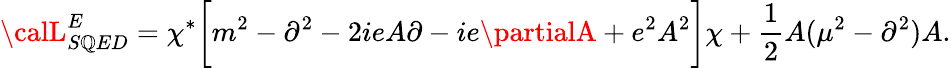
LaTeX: {\calL}_{S\mathbb{Q}ED}^{E}=\chi^{*}\biggl[m^{2}-\partial^{2}-2ieA\partial-ie\partialA+e^{2}A^{2}\biggr]\chi+\frac{{1}}{{2}}A(\mu^{2}-\partial^{2})A.